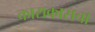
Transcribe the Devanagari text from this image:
काराकासचा